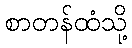
စာတန်ထံသို့